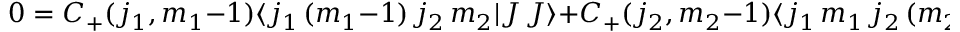
0 = C _ { + } ( j _ { 1 } , m _ { 1 } - 1 ) \langle j _ { 1 } \, ( m _ { 1 } - 1 ) \, j _ { 2 } \, m _ { 2 } | J \, J \rangle + C _ { + } ( j _ { 2 } , m _ { 2 } - 1 ) \langle j _ { 1 } \, m _ { 1 } \, j _ { 2 } \, ( m _ { 2 } - 1 ) | J \, J \rangle